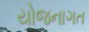
યોજનાગત